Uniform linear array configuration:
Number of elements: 48
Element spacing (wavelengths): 0.5
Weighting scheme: kaiser
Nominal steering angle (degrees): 0
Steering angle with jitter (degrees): -0.04153
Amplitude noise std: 0.05
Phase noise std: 0.05

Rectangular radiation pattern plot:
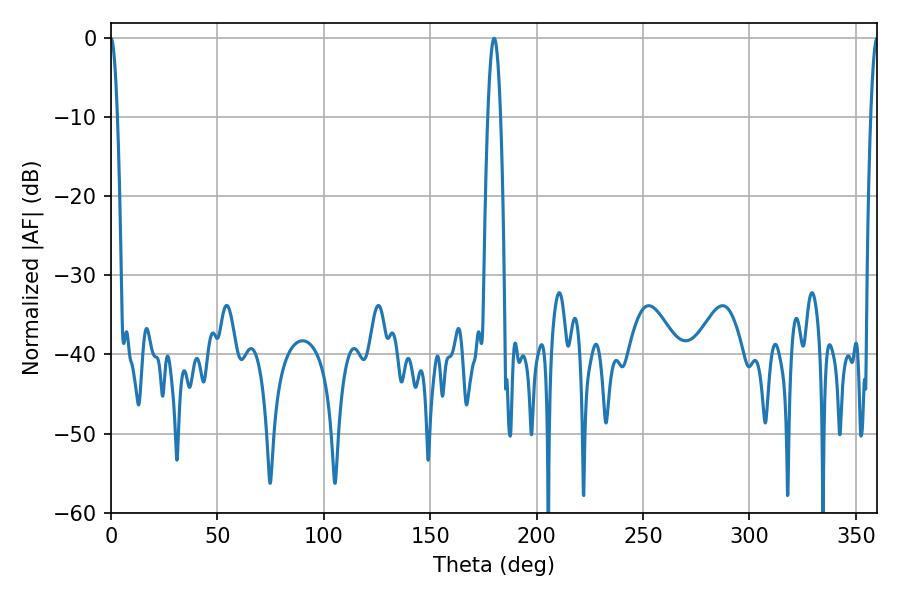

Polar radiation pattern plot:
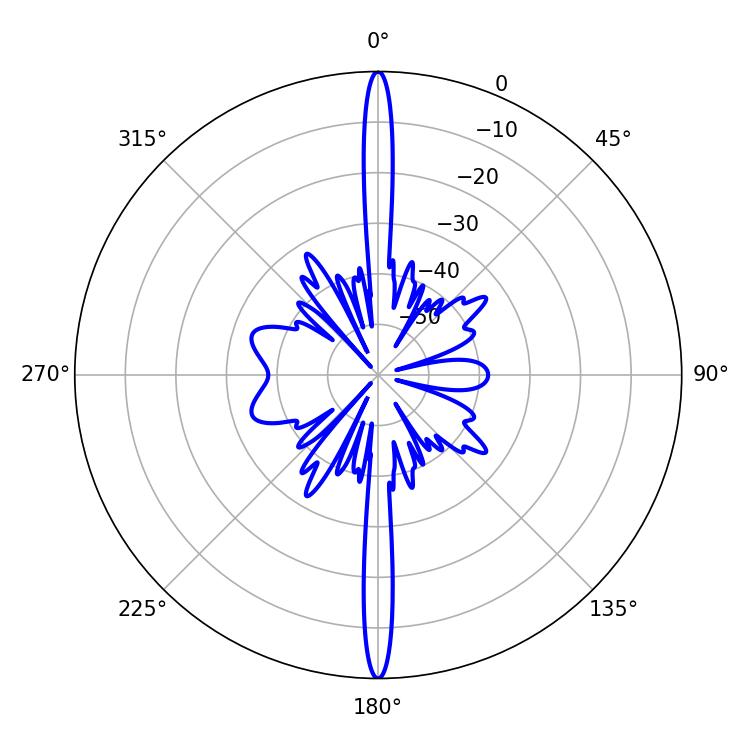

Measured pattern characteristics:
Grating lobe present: FALSE
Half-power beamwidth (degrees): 1.62
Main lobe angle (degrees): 0